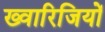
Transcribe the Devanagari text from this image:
ख्वारिजियों